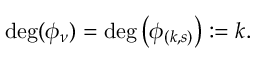
\begin{array} { r } { \deg ( \phi _ { \nu } ) = \deg \big ( \phi _ { ( k , s ) } \big ) : = k . } \end{array}